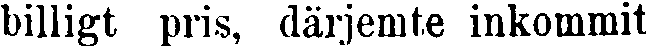
billigt pris, därjemte inkommit